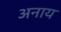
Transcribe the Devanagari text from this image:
अनाय